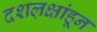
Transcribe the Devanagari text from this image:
दशल़क्षांहून